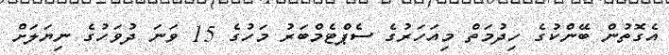
އެގޮތުން ބޭންކުގެ ހިދުމަތް މިއަހަރުގެ ސެޕްޓެމްބަރު މަހުގެ 15 ވަނަ ދުވަހުގެ ނިޔަލަށް